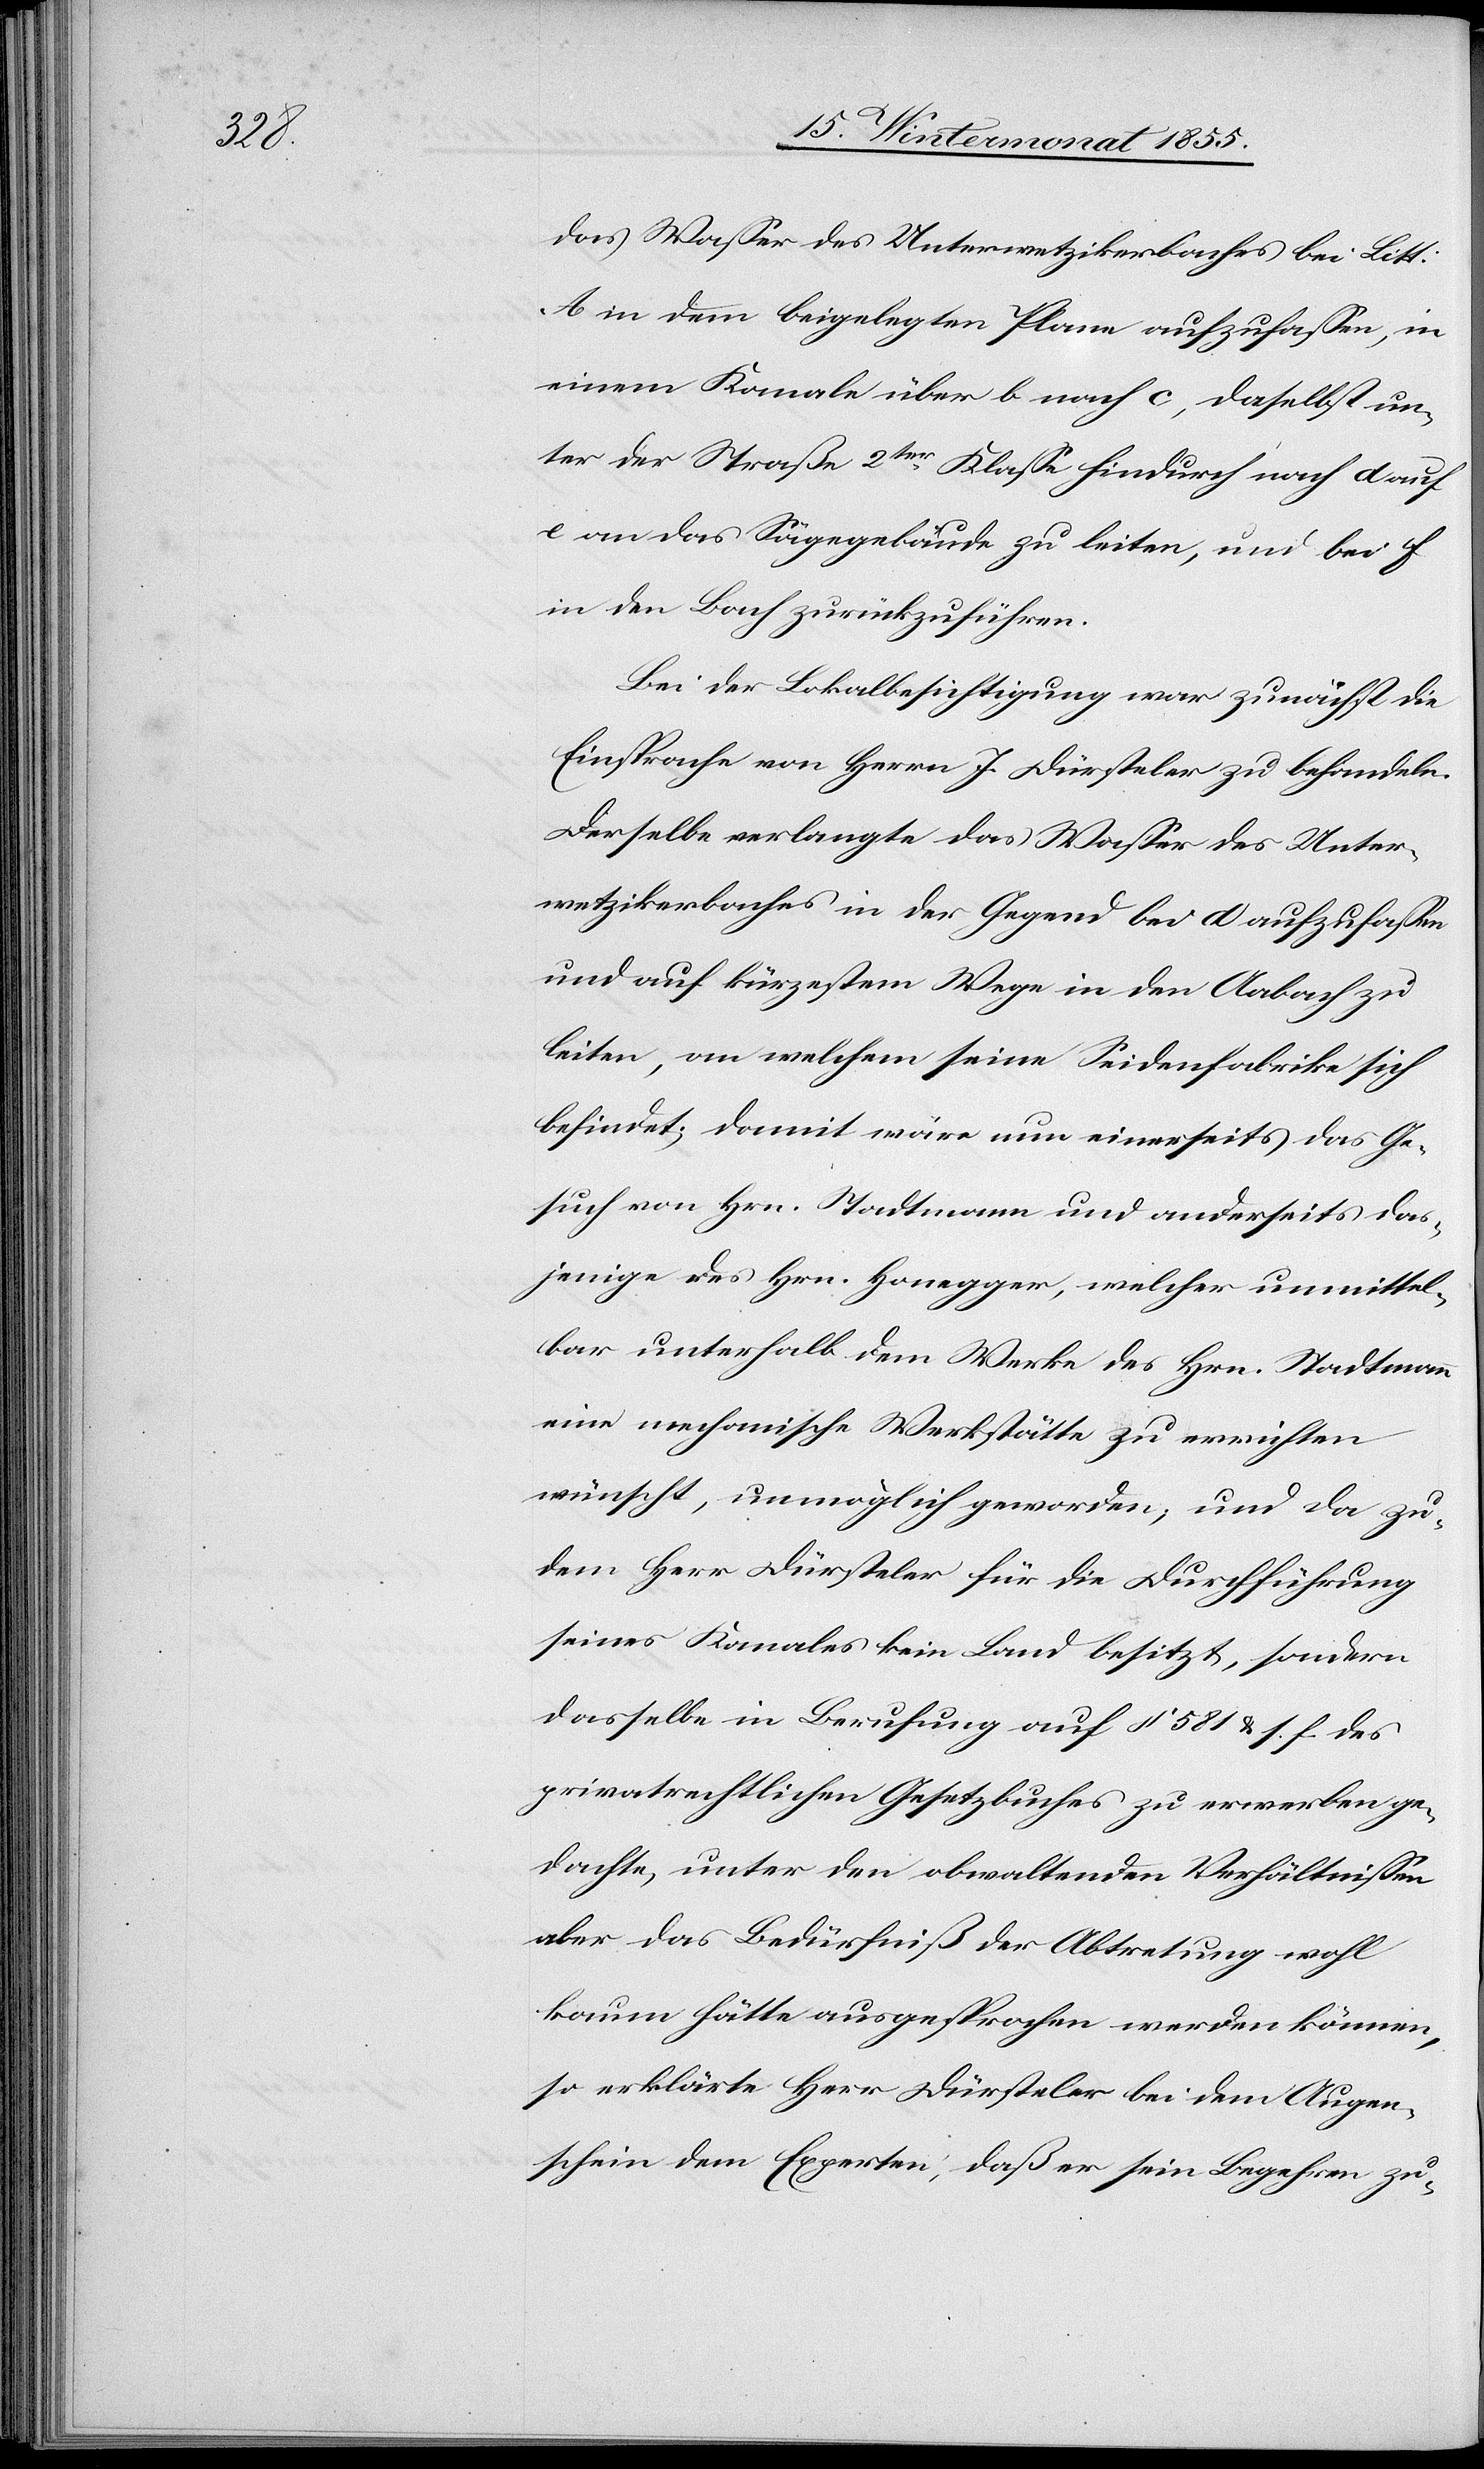
das Wasser des Unterwetzikerbaches bei Litt.
A in dem beigelegten Plane aufzufassen, in
einem Kanale über b nach c, daselbst un¬
ter der Straße 2ter. Klasse hindurch nach d auf
e an das Sägegebäude zu leiten, und bei f
in den Bach zurückzuführen.
Bei der Lokalbesichtigung war zunächst die
Einsprache von Herrn J. Dürsteler zu behandeln.
Derselbe verlangte das Wasser des Unter¬
wetzikerbaches in der Gegend bei d aufzufassen
und auf kürzestem Wege in den Aabach zu
leiten, an welchem seine Seidenfabrike sich
befindet; damit wäre nun einerseits das Ge¬
such von Hrn. Stadtmann und anderseits das¬
jenige des Hrn. Honegger, welcher unmittel¬
bar unterhalb dem Werke des Hrn. Stadtmann
eine mechanische Werkstätte zu errichten
wünscht, unmöglich geworden, und da zu¬
dem Herr Dürsteler für die Durchführung
seines Kanales kein Land besitzt, sondern
dasselbe in Berufung auf § 581 & s. f. des
privatrechtlichen Gesetzbuches zu erwerben ge¬
dachte, unter den obwaltenden Verhältnissen
aber das Bedürfniß der Abtretung wohl
kaum hätte ausgesprochen werden können,
so erklärte Herr Dürsteler bei dem Augen¬
schein dem Experten, daß er sein Begehren zu-